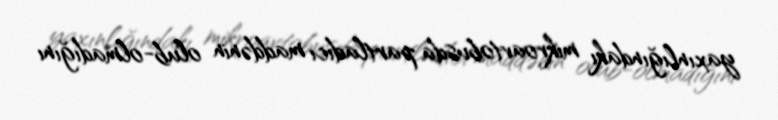
yaxınlığındakı mikroavtobusda partladıcı maddənin olub-olmadığını